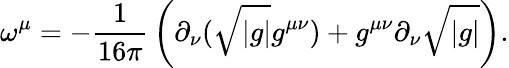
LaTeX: \omega^{\mu}=-{\frac{1}{16\pi}}\left(\partial_{\nu}(\sqrt{\vert g\vert}g^{\mu\nu})+g^{\mu\nu}\partial_{\nu}\sqrt{\vert g\vert}\right).